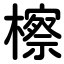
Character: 檫